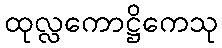
ထုလ္လကောဋ္ဌိကေသု